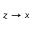
z \rightarrow x